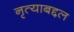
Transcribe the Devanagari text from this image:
नृत्याबद्दल